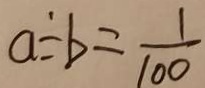
a \div b = \frac { 1 } { 1 0 0 }